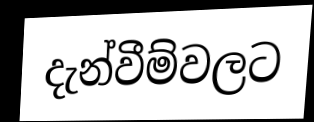
දැන්වීම්වලට